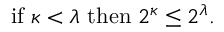
{ \mathrm { i f ~ } } \kappa < \lambda { \mathrm { ~ t h e n ~ } } 2 ^ { \kappa } \leq 2 ^ { \lambda } .